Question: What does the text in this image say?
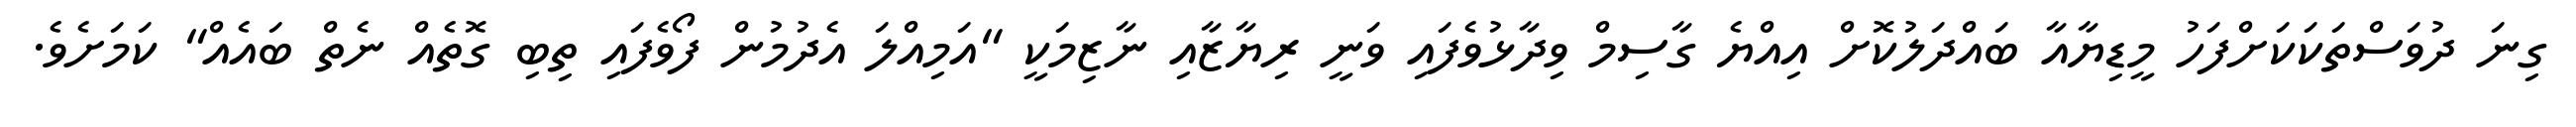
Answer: ގިނަ ދުވަސްތަކަކަށްފަހު މީޑިޔާއާ ބައްދަލުކޮށް އިއްޔެ ގާސިމް ވިދާޅުވެފައި ވަނީ ރިޔާޒާއި ނާޒިމަކީ "އަމިއްލަ އެދުމުން ފޯވެފައި ތިބި ގޮތެއް ނެތް ބައެއް" ކަމަށެވެ.